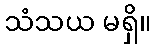
သံသယ မရှိ။